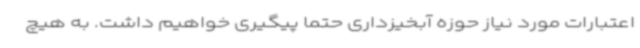
اعتبارات مورد نیاز حوزه آبخیزداری حتما پیگیری خواهیم داشت. به هیچ